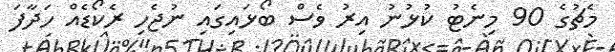
މެޗުގެ 90 މިނެޓު ކުޅުނު އިރު ވެސް ބޯޅައިގައި ނުޖެހި ރެކޯޑެއް ހަދާފަ